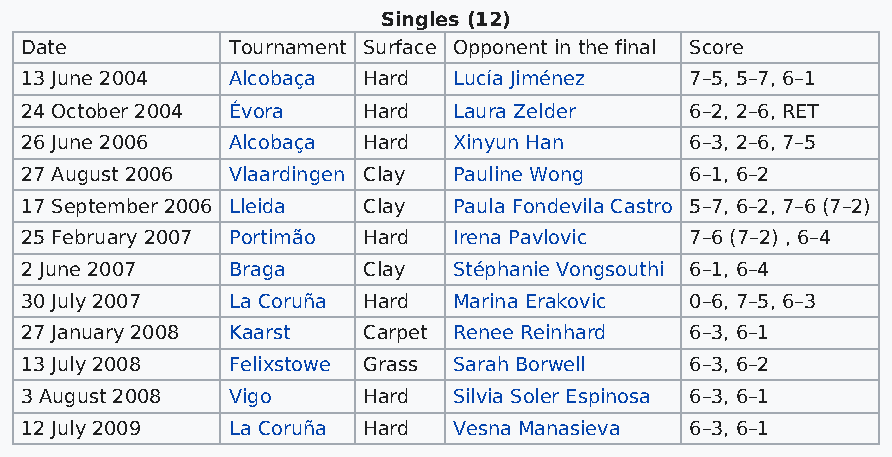
Singles (12)
 Date          Tournament Surface Opponent in the final Score
 13 June 2004  Alcobaça Hard  Lucía Jiménez   7–5, 5–7, 6–1
 24 October 2004 Évora  Hard  Laura Zelder    6–2, 2–6, RET
 26 June 2006  Alcobaça Hard  Xinyun Han      6–3, 2–6, 7–5
 27 August 2006 Vlaardingen Clay Pauline Wong 6–1, 6–2
 17 September 2006 Lleida Clay Paula Fondevila Castro 5–7, 6–2, 7–6 (7–2)
 25 February 2007 Portimão Hard Irena Pavlovic 7–6 (7–2) , 6–4
 2 June 2007   Braga    Clay  Stéphanie Vongsouthi 6–1, 6–4
 30 July 2007  La Coruña Hard Marina Erakovic 0–6, 7–5, 6–3
 27 January 2008 Kaarst Carpet Renee Reinhard 6–3, 6–1
 13 July 2008  Felixstowe Grass Sarah Borwell 6–3, 6–2
 3 August 2008 Vigo     Hard  Silvia Soler Espinosa 6–3, 6–1
 12 July 2009  La Coruña Hard Vesna Manasieva 6–3, 6–1